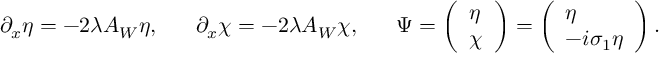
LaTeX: \partial _ { x } \eta = - 2 \lambda A _ { W } \eta , \, \, \, \, \, \, \, \, \, \, \partial _ { x } \chi = - 2 \lambda A _ { W } \chi , \, \, \, \, \, \, \, \, \, \, \Psi = \left( \begin{array} { l } { { \eta } } \\ { { \chi } } \end{array} \right) = \left( \begin{array} { l } { { \eta } } \\ { { - i \sigma _ { 1 } \eta } } \end{array} \right) .